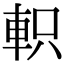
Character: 軹